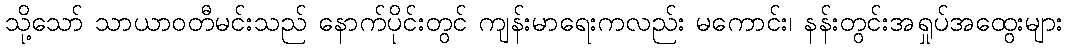
သို့သော် သာယာဝတီမင်းသည် နောက်ပိုင်းတွင် ကျန်းမာရေးကလည်း မကောင်း၊ နန်းတွင်းအရှုပ်အထွေးများ